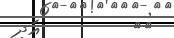
٢٤         އަދި